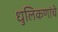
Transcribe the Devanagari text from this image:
धुलिकणांचे